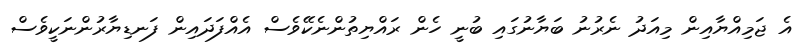
އެ ޖަމިއްޔާއިން މިއަދު ނެރުނު ބަޔާނުގައި ބުނީ ހެން ރައްޔިތުންނެކޭވެސް އެއްފަދައިން ފަނޑިޔާރުންނަކީވެސް